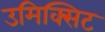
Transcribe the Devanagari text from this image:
उमिक्सिट